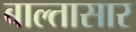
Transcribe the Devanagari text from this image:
बाल्तासार